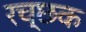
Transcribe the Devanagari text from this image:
रच्‍छक